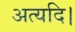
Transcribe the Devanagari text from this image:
अत्यदि।